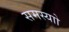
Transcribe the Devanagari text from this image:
समस्याो